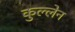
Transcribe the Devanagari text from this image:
कुल्लेन